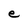
Character: e